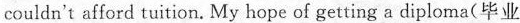
couldn't afford tuition. My hope of getting a diploma(毕业